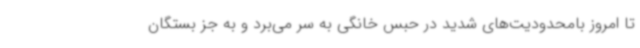
تا امروز بامحدودیت‌های شدید در حبس خانگی به سر می‌برد و به جز بستگان